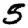
Digit: 5